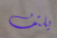
يلتف